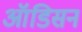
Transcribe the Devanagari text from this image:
ऑडिसन